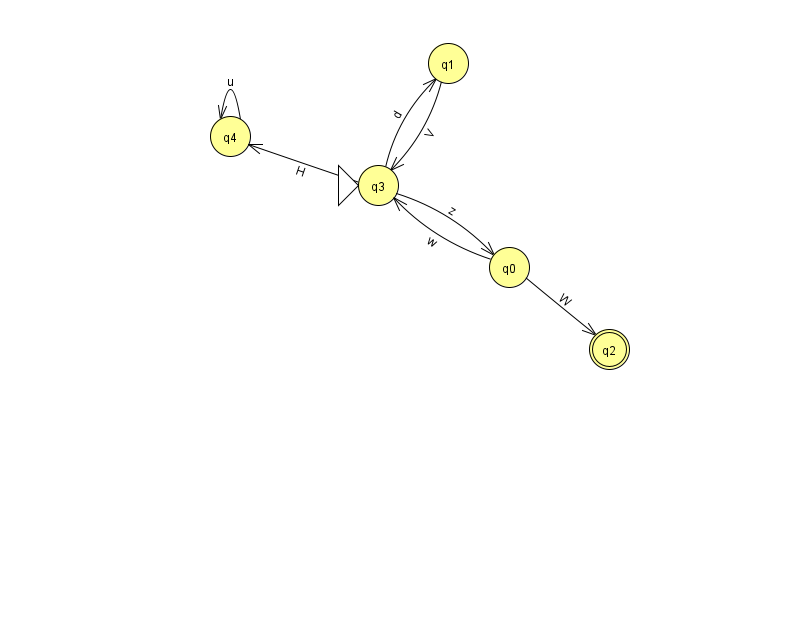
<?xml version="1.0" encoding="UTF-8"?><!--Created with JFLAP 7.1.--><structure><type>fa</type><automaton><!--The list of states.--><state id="0" name="q0"><x>509.0</x><y>254.0</y></state><state id="1" name="q1"><x>448.0</x><y>50.0</y></state><state id="2" name="q2"><x>609.0</x><y>336.0</y><final/></state><state id="3" name="q3"><x>378.0</x><y>172.0</y><initial/></state><state id="4" name="q4"><x>230.0</x><y>123.0</y></state><!--The list of transitions.--><transition><from>0</from><to>3</to><read>w</read></transition><transition><from>3</from><to>4</to><read>H</read></transition><transition><from>4</from><to>4</to><read>u</read></transition><transition><from>3</from><to>0</to><read>z</read></transition><transition><from>3</from><to>1</to><read>d</read></transition><transition><from>0</from><to>2</to><read>W</read></transition><transition><from>1</from><to>3</to><read>V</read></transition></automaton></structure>